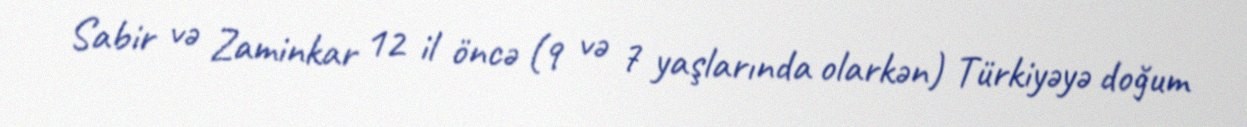
Sabir və Zaminkar 12 il öncə (9 və 7 yaşlarında olarkən) Türkiyəyə doğum